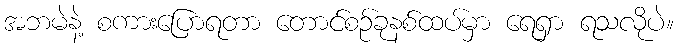
အဘမဲနဲ့ စကားပြောရတာ တောင်စဉ်ခုနစ်ထပ်မှာ ရေရှာ ရသလိုပဲ။